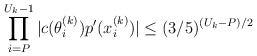
\begin{align*}\prod \limits_{i=P}^{U_k - 1} |c(\theta^{(k)}_i) p'(x^{(k)}_i)| \leq (3/5)^{(U_k - P)/2}\end{align*}